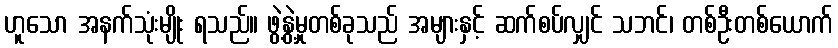
ဟူသော အနက်သုံးမျိုး ရသည်။ ဖွဲ့နွဲ့မှုတစ်ခုသည် အများနှင့် ဆက်စပ်လျှင် သဘင်၊ တစ်ဦးတစ်ယောက်